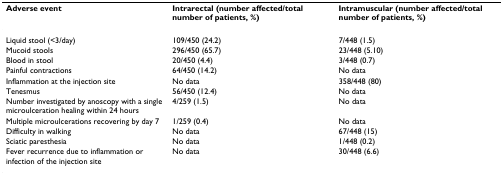
<table><thead><tr><td><b>Adverse event</b></td><td><b>Intrarectal (number affected/total number of patients, %)</b></td><td><b>Intramuscular (number affected/total number of patients, %)</b></td></tr></thead><tbody><tr><td>Liquid stool (&lt;3/day)</td><td>109/450 (24.2)</td><td>7/448 (1.5)</td></tr><tr><td>Mucoid stools</td><td>296/450 (65.7)</td><td>23/448 (5.10)</td></tr><tr><td>Blood in stool</td><td>20/450 (4.4)</td><td>3/448 (0.7)</td></tr><tr><td>Painful contractions</td><td>64/450 (14.2)</td><td>No data</td></tr><tr><td>Inflammation at the injection site</td><td>No data</td><td>358/448 (80)</td></tr><tr><td>Tenesmus</td><td>56/450 (12.4)</td><td>No data</td></tr><tr><td>Number investigated by anoscopy with a single microulceration healing within 24 hours</td><td>4/259 (1.5)</td><td>No data</td></tr><tr><td>Multiple microulcerations recovering by day 7</td><td>1/259 (0.4)</td><td>No data</td></tr><tr><td>Difficulty in walking</td><td>No data</td><td>67/448 (15)</td></tr><tr><td>Sciatic paresthesia</td><td>No data</td><td>1/448 (0.2)</td></tr><tr><td>Fever recurrence due to inflammation or infection of the injection site</td><td>No data</td><td>30/448 (6.6)</td></tr></tbody></table>